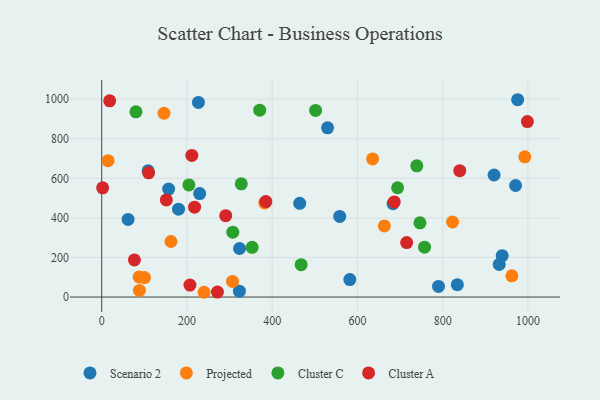
{"axis": {"x": "Price", "y": "Rating"}, "legend": ["Cluster A", "Cluster C", "Projected", "Scenario 2"], "data": [{"x": "939.6", "y": 209.0, "type": "Scenario 2"}, {"x": "975.9", "y": 997.1, "type": "Scenario 2"}, {"x": "971.0", "y": 563.6, "type": "Scenario 2"}, {"x": "464.5", "y": 473.6, "type": "Scenario 2"}, {"x": "920.5", "y": 616.8, "type": "Scenario 2"}, {"x": "61.8", "y": 392.4, "type": "Scenario 2"}, {"x": "683.4", "y": 471.6, "type": "Scenario 2"}, {"x": "558.4", "y": 407.6, "type": "Scenario 2"}, {"x": "226.9", "y": 983.3, "type": "Scenario 2"}, {"x": "834.4", "y": 62.4, "type": "Scenario 2"}, {"x": "180.2", "y": 444.2, "type": "Scenario 2"}, {"x": "582.1", "y": 88.1, "type": "Scenario 2"}, {"x": "790.2", "y": 53.9, "type": "Scenario 2"}, {"x": "157.0", "y": 545.5, "type": "Scenario 2"}, {"x": "932.6", "y": 165.0, "type": "Scenario 2"}, {"x": "529.9", "y": 854.9, "type": "Scenario 2"}, {"x": "229.8", "y": 523.0, "type": "Scenario 2"}, {"x": "108.8", "y": 638.1, "type": "Scenario 2"}, {"x": "323.1", "y": 29.7, "type": "Scenario 2"}, {"x": "323.3", "y": 245.2, "type": "Scenario 2"}, {"x": "823.1", "y": 379.1, "type": "Projected"}, {"x": "100.4", "y": 98.4, "type": "Projected"}, {"x": "962.4", "y": 107.3, "type": "Projected"}, {"x": "162.4", "y": 280.8, "type": "Projected"}, {"x": "14.8", "y": 689.3, "type": "Projected"}, {"x": "635.6", "y": 698.2, "type": "Projected"}, {"x": "88.4", "y": 33.3, "type": "Projected"}, {"x": "382.3", "y": 475.6, "type": "Projected"}, {"x": "663.2", "y": 359.5, "type": "Projected"}, {"x": "87.7", "y": 101.5, "type": "Projected"}, {"x": "992.6", "y": 708.6, "type": "Projected"}, {"x": "306.9", "y": 78.9, "type": "Projected"}, {"x": "146.1", "y": 928.8, "type": "Projected"}, {"x": "240.1", "y": 24.1, "type": "Projected"}, {"x": "757.4", "y": 252.1, "type": "Cluster C"}, {"x": "370.7", "y": 944.2, "type": "Cluster C"}, {"x": "80.3", "y": 936.2, "type": "Cluster C"}, {"x": "694.2", "y": 552.3, "type": "Cluster C"}, {"x": "501.8", "y": 943.2, "type": "Cluster C"}, {"x": "204.5", "y": 566.7, "type": "Cluster C"}, {"x": "327.4", "y": 572.3, "type": "Cluster C"}, {"x": "467.9", "y": 163.4, "type": "Cluster C"}, {"x": "739.3", "y": 663.1, "type": "Cluster C"}, {"x": "746.7", "y": 375.2, "type": "Cluster C"}, {"x": "352.9", "y": 251.0, "type": "Cluster C"}, {"x": "307.5", "y": 327.7, "type": "Cluster C"}, {"x": "686.4", "y": 480.9, "type": "Cluster A"}, {"x": "211.4", "y": 715.5, "type": "Cluster A"}, {"x": "2.1", "y": 551.8, "type": "Cluster A"}, {"x": "110.0", "y": 627.5, "type": "Cluster A"}, {"x": "207.0", "y": 60.6, "type": "Cluster A"}, {"x": "217.8", "y": 454.3, "type": "Cluster A"}, {"x": "998.7", "y": 886.5, "type": "Cluster A"}, {"x": "76.7", "y": 187.5, "type": "Cluster A"}, {"x": "271.5", "y": 25.2, "type": "Cluster A"}, {"x": "290.9", "y": 411.4, "type": "Cluster A"}, {"x": "151.5", "y": 490.9, "type": "Cluster A"}, {"x": "715.5", "y": 275.2, "type": "Cluster A"}, {"x": "385.1", "y": 482.6, "type": "Cluster A"}, {"x": "840.1", "y": 638.8, "type": "Cluster A"}, {"x": "18.7", "y": 991.4, "type": "Cluster A"}]}